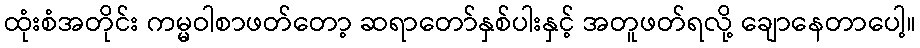
ထုံးစံအတိုင်း ကမ္မဝါစာဖတ်တော့ ဆရာတော်နှစ်ပါးနှင့် အတူဖတ်ရလို့ ချောနေတာပေါ့။